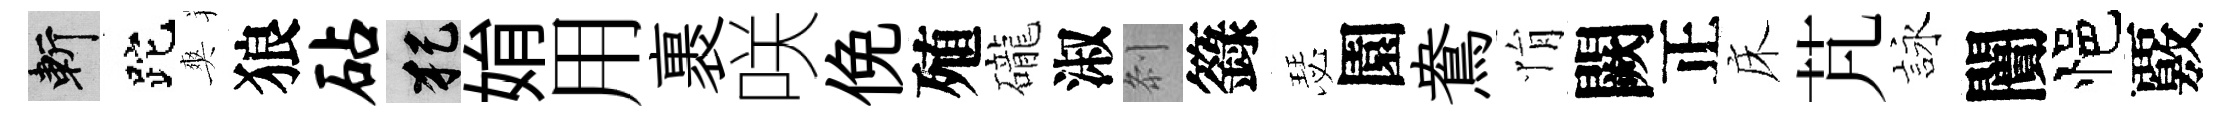
斬跎爽狼砧犯姢用裹咲俛殖礲淑𠛴籙瑟園鴦悁闕正床芃詠闠悒覈